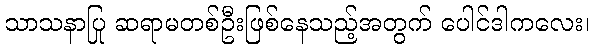
သာသနာပြု ဆရာမတစ်ဦးဖြစ်နေသည့်အတွက် ပေါင်ဒါကလေး၊